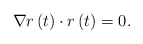
\begin{align*}\nabla r\left( t\right) \cdot r\left( t\right) =0.\end{align*}